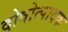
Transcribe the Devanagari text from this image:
दोषोत्पादक